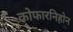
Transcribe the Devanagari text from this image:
कोफारनिहोन